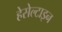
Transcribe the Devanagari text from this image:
हेसेल्टाइन